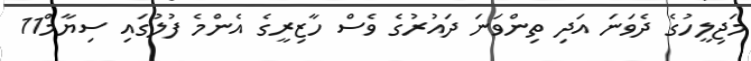
މަޖިލީހުގެ ދެވަނަ އަދި ތިންވަނަ ދައުރުގެ ވެސް ހާޒިރީގެ އެންމެ ފުލުގައި ސިޔާމް11